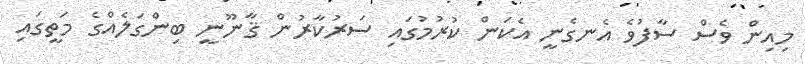
މިއިން ވެސް ސާފުވެ އެނގެނީ އެކަން ކުރުމުގައި ސަރުކާރުން ޤާނޫނީ ބިންގަލެއްގެ މަތީގައި